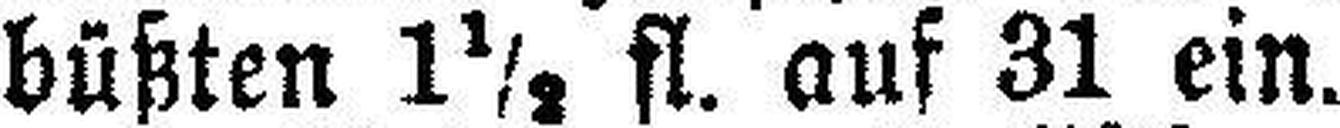
büßten 1½ fl. auf 31 ein.